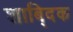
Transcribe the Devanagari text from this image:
शाबि्दक